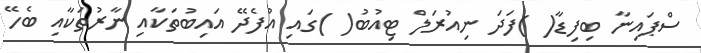
ސްޕައިނާ ބިފިޑާ( )ފަދަ ނިއުރަލް ޓިއުބު( )ގައި އުފެދޭ އައިބުތަކާއި ނާރުތަކާއި ބެހޭ